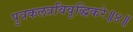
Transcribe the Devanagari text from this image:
पुत्रकलत्रविवृद्धिकरे॥४॥